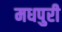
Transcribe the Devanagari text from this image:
मधपुरी